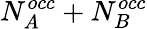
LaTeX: N_{A}^{occ}+N_{B}^{occ}